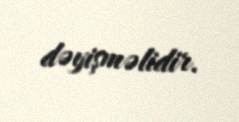
dəyişməlidir.